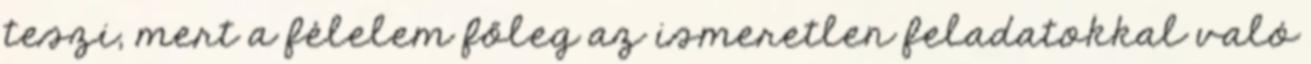
teszi, mert a félelem főleg az ismeretlen feladatokkal való